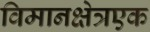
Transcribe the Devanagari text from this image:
विमानक्षेत्रएक